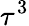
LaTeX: \tau^{3}